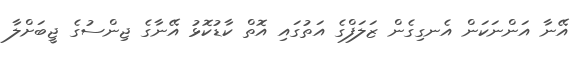
އޭނާ އަންނަކަން އެނގިގެން ޒަލަފްގެ އަތުގައި އޮތް ކާޑުކޮޅު އޭނާގެ ޖިންސުގެ ޖީބަށްލާ